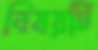
বিষয়টি